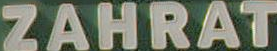
ZAHRAT